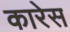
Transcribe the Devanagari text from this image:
कारेस